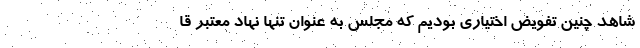
شاهد چنین تفویض اختیاری بودیم که مجلس به عنوان تنها نهاد معتبر قا